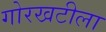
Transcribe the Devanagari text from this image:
गोरखटीला